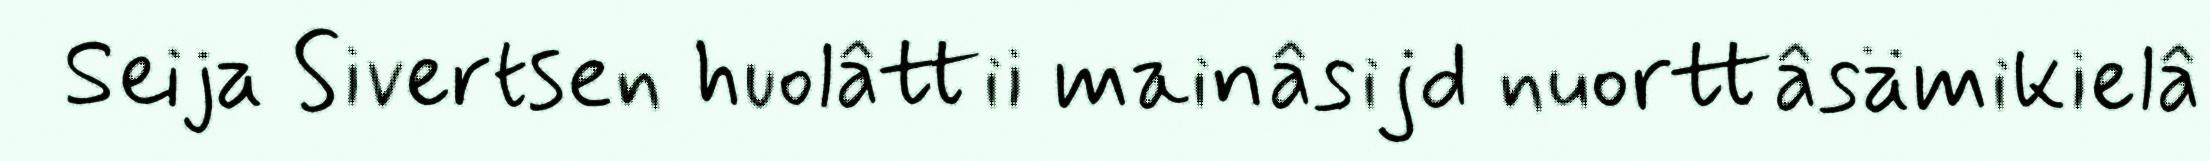
Seija Sivertsen huolâttii mainâsijd nuorttâsämikielâ